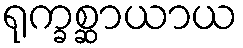
ရုက္ခစ္ဆာယာယ